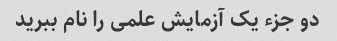
دو جزء یک آزمایش علمی را نام ببرید